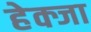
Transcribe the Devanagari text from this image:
हेक्जा